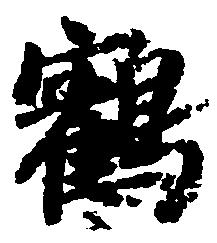
鶴